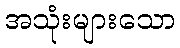
အသုံးများသော